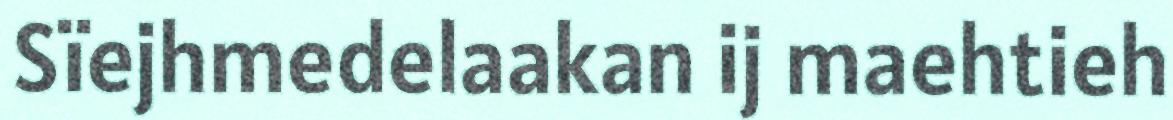
Sïejhmedelaakan ij maehtieh